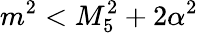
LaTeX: m^{2}<M_{5}^{2}+2\alpha^{2}